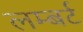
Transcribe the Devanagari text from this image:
लम्बर्ट